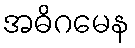
အဓိဂမေန